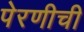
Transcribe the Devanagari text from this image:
पेरणीची